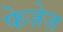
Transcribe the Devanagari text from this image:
फेज़ेज़